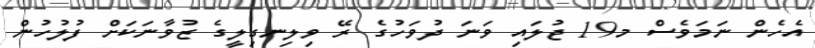
އެހެން ނަމަވެސް މ19 ޖުލައި ވަނަ ދުވަހުގެ ރޭ ވިލިނގިލީގެ ޒުވާނަކަށް ފުލުހުން